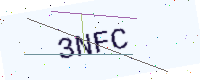
Text: 3NFC